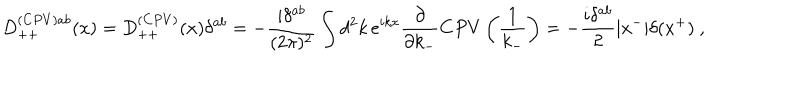
D _ { + + } ^ { ( C P V ) a b } ( x ) = D _ { + + } ^ { ( C P V ) } ( x ) \delta ^ { a b } = - { \frac { i \delta ^ { a b } } { ( 2 \pi ) ^ { 2 } } } \int d ^ { 2 } k \, e ^ { i k x } { \frac { \partial } { \partial k _ { - } } } C P V \left( { \frac { 1 } { k _ { - } } } \right) = - { \frac { i \delta ^ { a b } } { 2 } } | x ^ { - } | \delta ( x ^ { + } ) \ ,